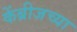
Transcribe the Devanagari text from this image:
केंब्रीजच्या